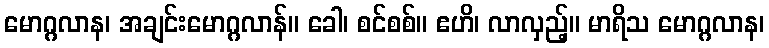
မောဂ္ဂလာန၊ အချင်းမောဂ္ဂလာန်။ ခေါ၊ စင်စစ်။ ဧဟိ၊ လာလှည့်။ မာရိသ မောဂ္ဂလာန၊